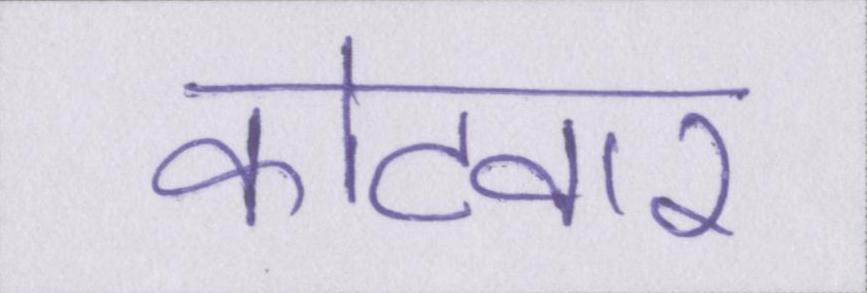
कोटवार